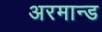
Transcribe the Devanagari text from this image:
अरमान्ड